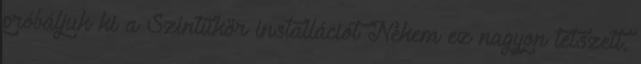
próbáljuk ki a Színtükör installációt Nekem ez nagyon tetszett,